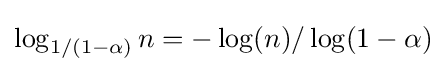
\log _{1/(1-\alpha )}n=-\log(n)/\log(1-\alpha )